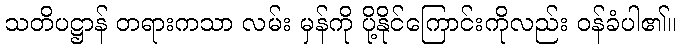
သတိပဋ္ဌာန် တရားကသာ လမ်း မှန်ကို ပို့နိုင်ကြောင်းကိုလည်း ဝန်ခံပါ၏။